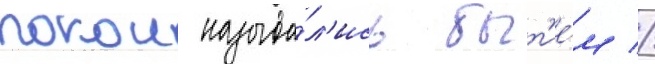
покои называ́л'ись быт'ие́м //